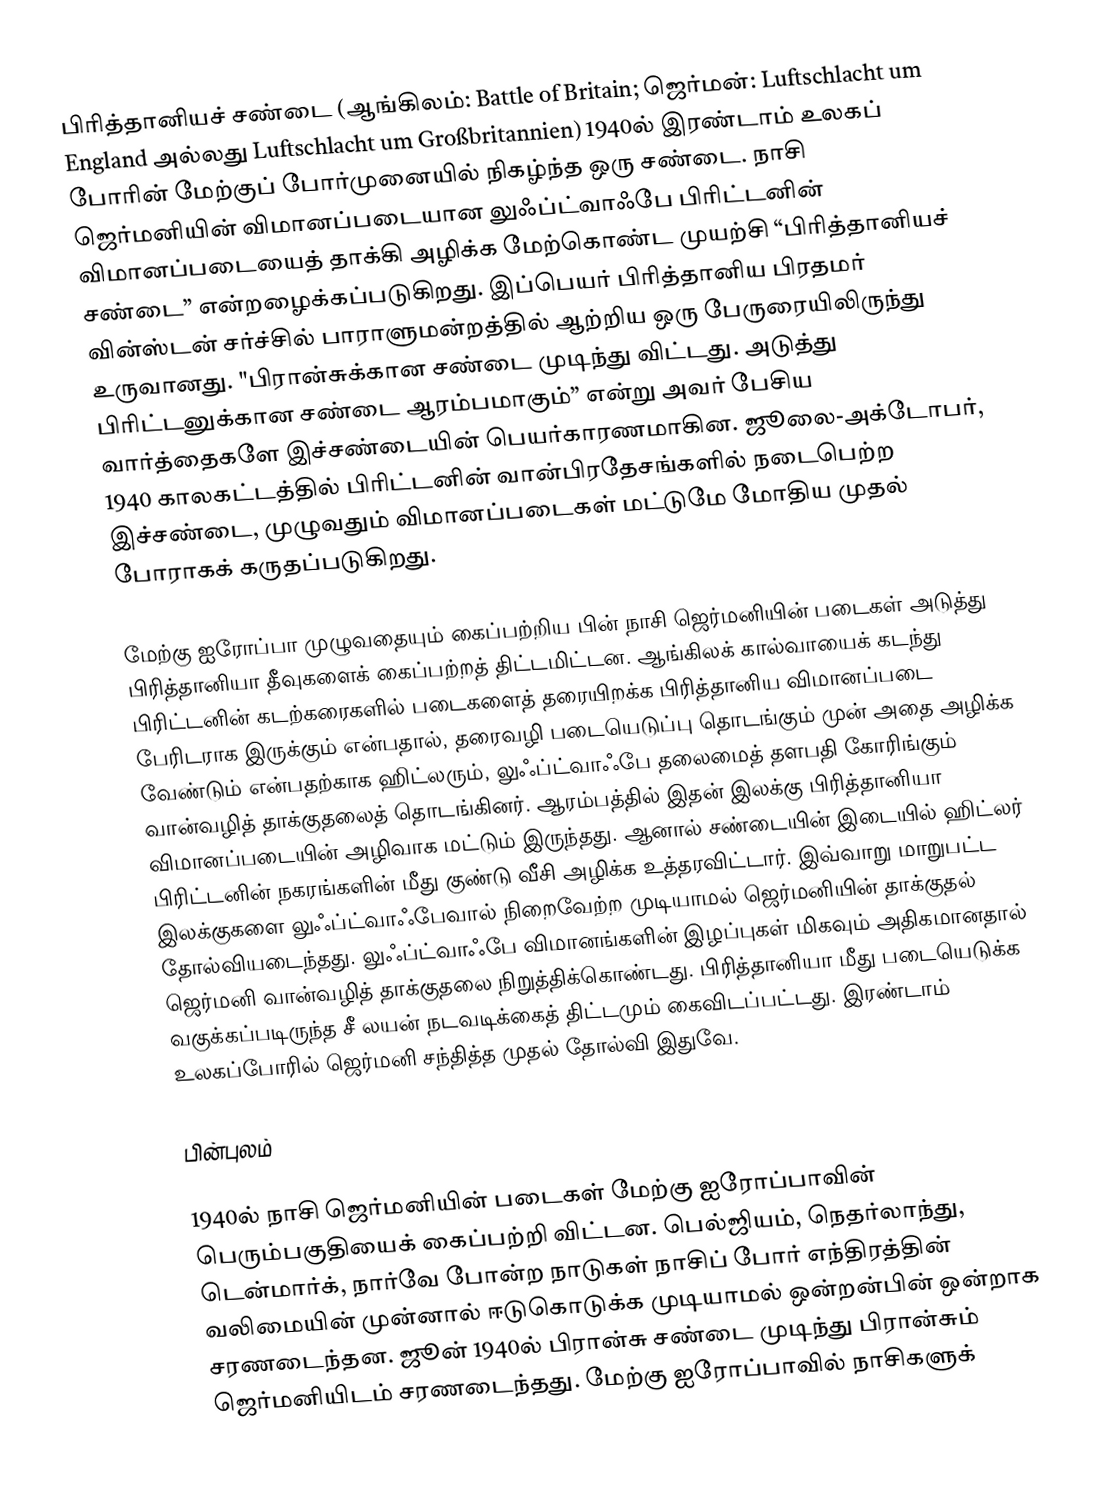
பிரித்தானியச் சண்டை (ஆங்கிலம்: Battle of Britain; ஜெர்மன்: Luftschlacht um England அல்லது Luftschlacht um Großbritannien) 1940ல் இரண்டாம் உலகப் போரின் மேற்குப் போர்முனையில் நிகழ்ந்த ஒரு சண்டை. நாசி ஜெர்மனியின் விமானப்படையான லுஃப்ட்வாஃபே பிரிட்டனின் விமானப்படையைத் தாக்கி அழிக்க மேற்கொண்ட முயற்சி “பிரித்தானியச் சண்டை” என்றழைக்கப்படுகிறது. இப்பெயர் பிரித்தானிய பிரதமர் வின்ஸ்டன் சர்ச்சில் பாராளுமன்றத்தில் ஆற்றிய ஒரு பேருரையிலிருந்து உருவானது. "பிரான்சுக்கான சண்டை முடிந்து விட்டது. அடுத்து பிரிட்டனுக்கான சண்டை ஆரம்பமாகும்” என்று அவர் பேசிய வார்த்தைகளே இச்சண்டையின் பெயர்காரணமாகின. ஜூலை-அக்டோபர், 1940 காலகட்டத்தில் பிரிட்டனின் வான்பிரதேசங்களில் நடைபெற்ற இச்சண்டை, முழுவதும் விமானப்படைகள் மட்டுமே மோதிய முதல் போராகக் கருதப்படுகிறது.

மேற்கு ஐரோப்பா முழுவதையும் கைப்பற்றிய பின் நாசி ஜெர்மனியின் படைகள் அடுத்து பிரித்தானியா தீவுகளைக் கைப்பற்றத் திட்டமிட்டன. ஆங்கிலக் கால்வாயைக் கடந்து பிரிட்டனின் கடற்கரைகளில் படைகளைத் தரையிறக்க பிரித்தானிய விமானப்படை பேரிடராக இருக்கும் என்பதால், தரைவழி படையெடுப்பு தொடங்கும் முன் அதை அழிக்க வேண்டும் என்பதற்காக ஹிட்லரும், லுஃப்ட்வாஃபே தலைமைத் தளபதி கோரிங்கும் வான்வழித் தாக்குதலைத் தொடங்கினர். ஆரம்பத்தில் இதன் இலக்கு பிரித்தானியா விமானப்படையின் அழிவாக மட்டும் இருந்தது. ஆனால் சண்டையின் இடையில் ஹிட்லர் பிரிட்டனின் நகரங்களின் மீது குண்டு வீசி அழிக்க உத்தரவிட்டார். இவ்வாறு மாறுபட்ட இலக்குகளை லுஃப்ட்வாஃபேவால் நிறைவேற்ற முடியாமல் ஜெர்மனியின் தாக்குதல் தோல்வியடைந்தது. லுஃப்ட்வாஃபே விமானங்களின் இழப்புகள் மிகவும் அதிகமானதால் ஜெர்மனி வான்வழித் தாக்குதலை நிறுத்திக்கொண்டது. பிரித்தானியா மீது படையெடுக்க வகுக்கப்படிருந்த சீ லயன் நடவடிக்கைத் திட்டமும் கைவிடப்பட்டது. இரண்டாம் உலகப்போரில் ஜெர்மனி சந்தித்த முதல் தோல்வி இதுவே.

பின்புலம்

1940ல் நாசி ஜெர்மனியின் படைகள் மேற்கு ஐரோப்பாவின் பெரும்பகுதியைக் கைப்பற்றி விட்டன. பெல்ஜியம், நெதர்லாந்து, டென்மார்க், நார்வே போன்ற நாடுகள் நாசிப் போர் எந்திரத்தின் வலிமையின் முன்னால் ஈடுகொடுக்க முடியாமல் ஒன்றன்பின் ஒன்றாக சரணடைந்தன. ஜூன் 1940ல் பிரான்சு சண்டை முடிந்து பிரான்சும் ஜெர்மனியிடம் சரணடைந்தது. மேற்கு ஐரோப்பாவில் நாசிகளுக்